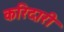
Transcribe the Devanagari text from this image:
करिदारी